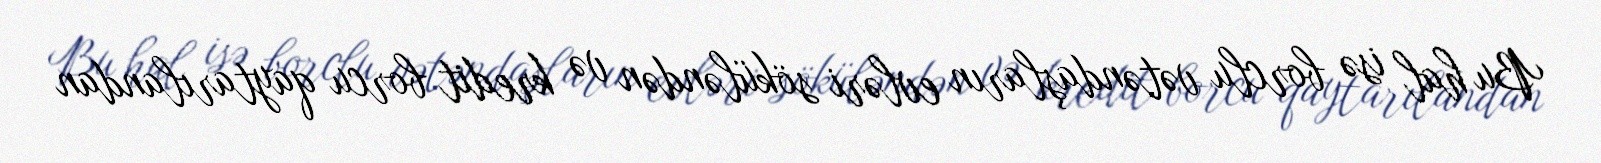
Bu hal isə borclu vətəndaşların evləri söküləndən və kredit borcu qaytarılandan